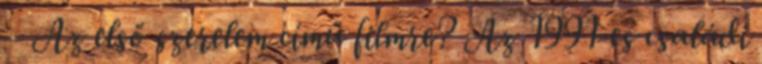
– Az első szerelem című filmre? Az 1991-es családi